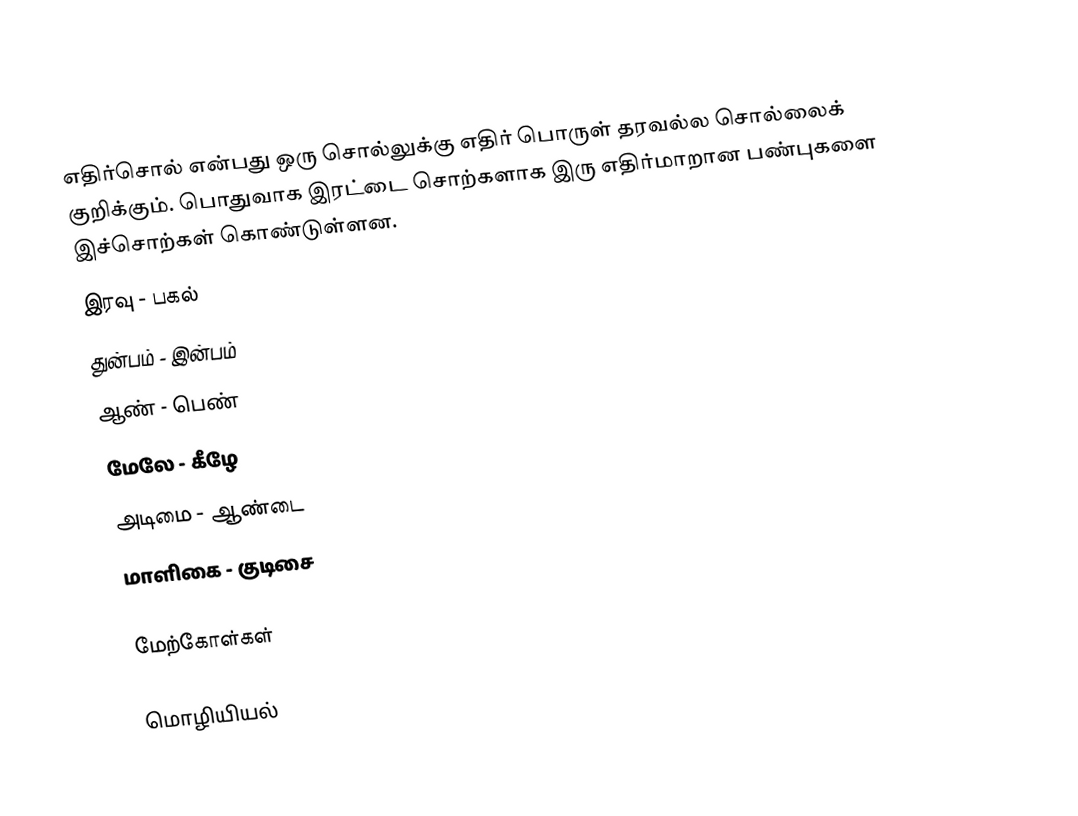
எதிர்சொல் என்பது ஒரு சொல்லுக்கு எதிர் பொருள் தரவல்ல சொல்லைக் குறிக்கும். பொதுவாக இரட்டை சொற்களாக இரு எதிர்மாறான பண்புகளை இச்சொற்கள் கொண்டுள்ளன.
 இரவு - பகல்
 துன்பம் - இன்பம்
 ஆண் - பெண்
 மேலே - கீழே
 அடிமை - ஆண்டை
 மாளிகை - குடிசை

மேற்கோள்கள்

மொழியியல்